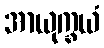
အာယုက္ခယံ